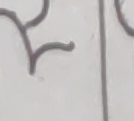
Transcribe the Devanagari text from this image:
२